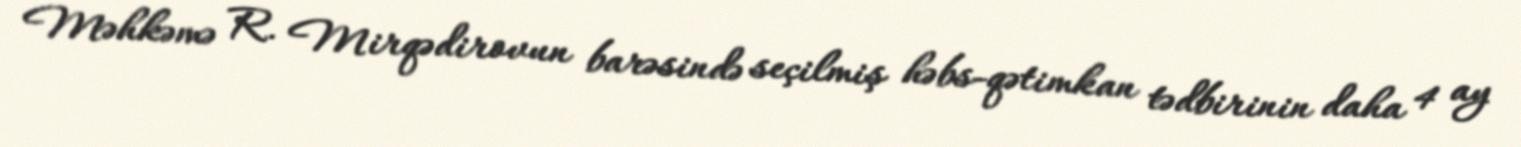
Məhkəmə R. Mirqədirovun barəsində seçilmiş həbs-qətimkan tədbirinin daha 4 ay